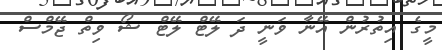
މީގެ އިތުރުން އޭނާ ވަނީ ދަ ލޭޓް ލޭޓް ޝޯ ވިތް ޖޭމްސް